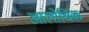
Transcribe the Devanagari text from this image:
आलोचिक